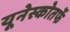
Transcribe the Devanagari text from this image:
यूनेस्कोतर्फे